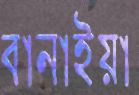
বানাইয়া